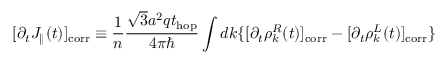
[ \partial _ { t } J _ { \parallel } ( t ) ] _ { \mathrm { c o r r } } \equiv \frac { 1 } { n } \frac { \sqrt { 3 } a ^ { 2 } q t _ { \mathrm { h o p } } } { 4 \pi \hbar } \int d k \{ [ \partial _ { t } \rho _ { k } ^ { R } ( t ) ] _ { \mathrm { c o r r } } - [ \partial _ { t } \rho _ { k } ^ { L } ( t ) ] _ { \mathrm { c o r r } } \}